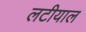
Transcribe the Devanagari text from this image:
लटीयाल